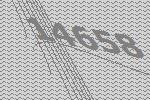
14658